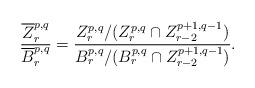
LaTeX: \begin{align*} \frac{\overline{Z}_r^{p,q}}{\overline{B}_r^{p,q}} = \frac{Z_{r}^{p,q} / (Z_{r}^{p,q} \cap Z_{r-2}^{p+1,q-1})}{B_{r}^{p,q} / (B_{r}^{p,q} \cap Z_{r-2}^{p+1,q-1})}.\end{align*}